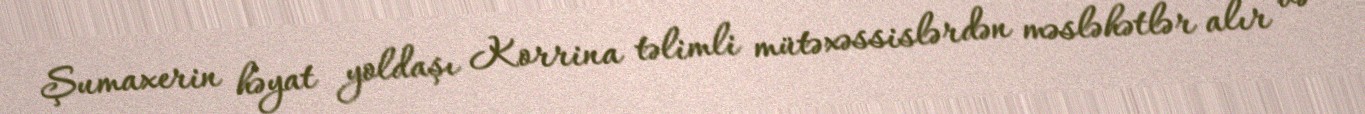
Şumaxerin həyat yoldaşı Korrina təlimli mütəxəssislərdən məsləhətlər alır və